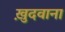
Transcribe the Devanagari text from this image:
ख़ुदवाना